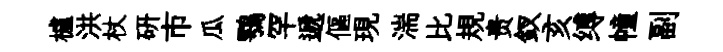
櫨洪杖硏市瓜鶚罕遞傴現湍比規贵釵亥缚幢副